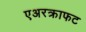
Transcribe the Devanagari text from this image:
एअरक्राफट